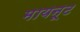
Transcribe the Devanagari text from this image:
मायनूट